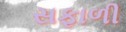
સફાળી